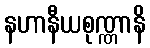
နဟာနီယစုဏ္ဏာနိ